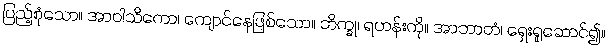
ပြည့်စုံသော။ အာဝါသိကော၊ ကျောင်နေဖြစ်သော။ ဘိက္ခု၊ ရဟန်းကို။ အာဘာတံ၊ ရှေးရှုဆောင်၍။